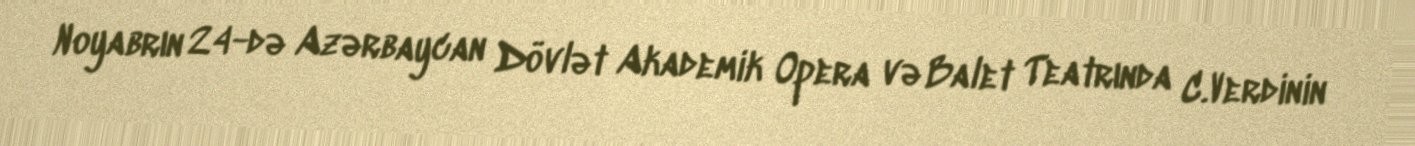
Noyabrın 24-də Azərbaycan Dövlət Akademik Opera və Balet Teatrında C.Verdinin